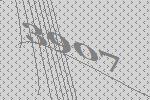
3907